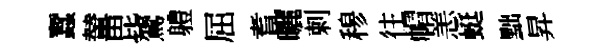
蠶輦毘鷟軆屈耆曬剌𥠇往㡌恙蜓黜昇